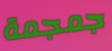
جمجمة